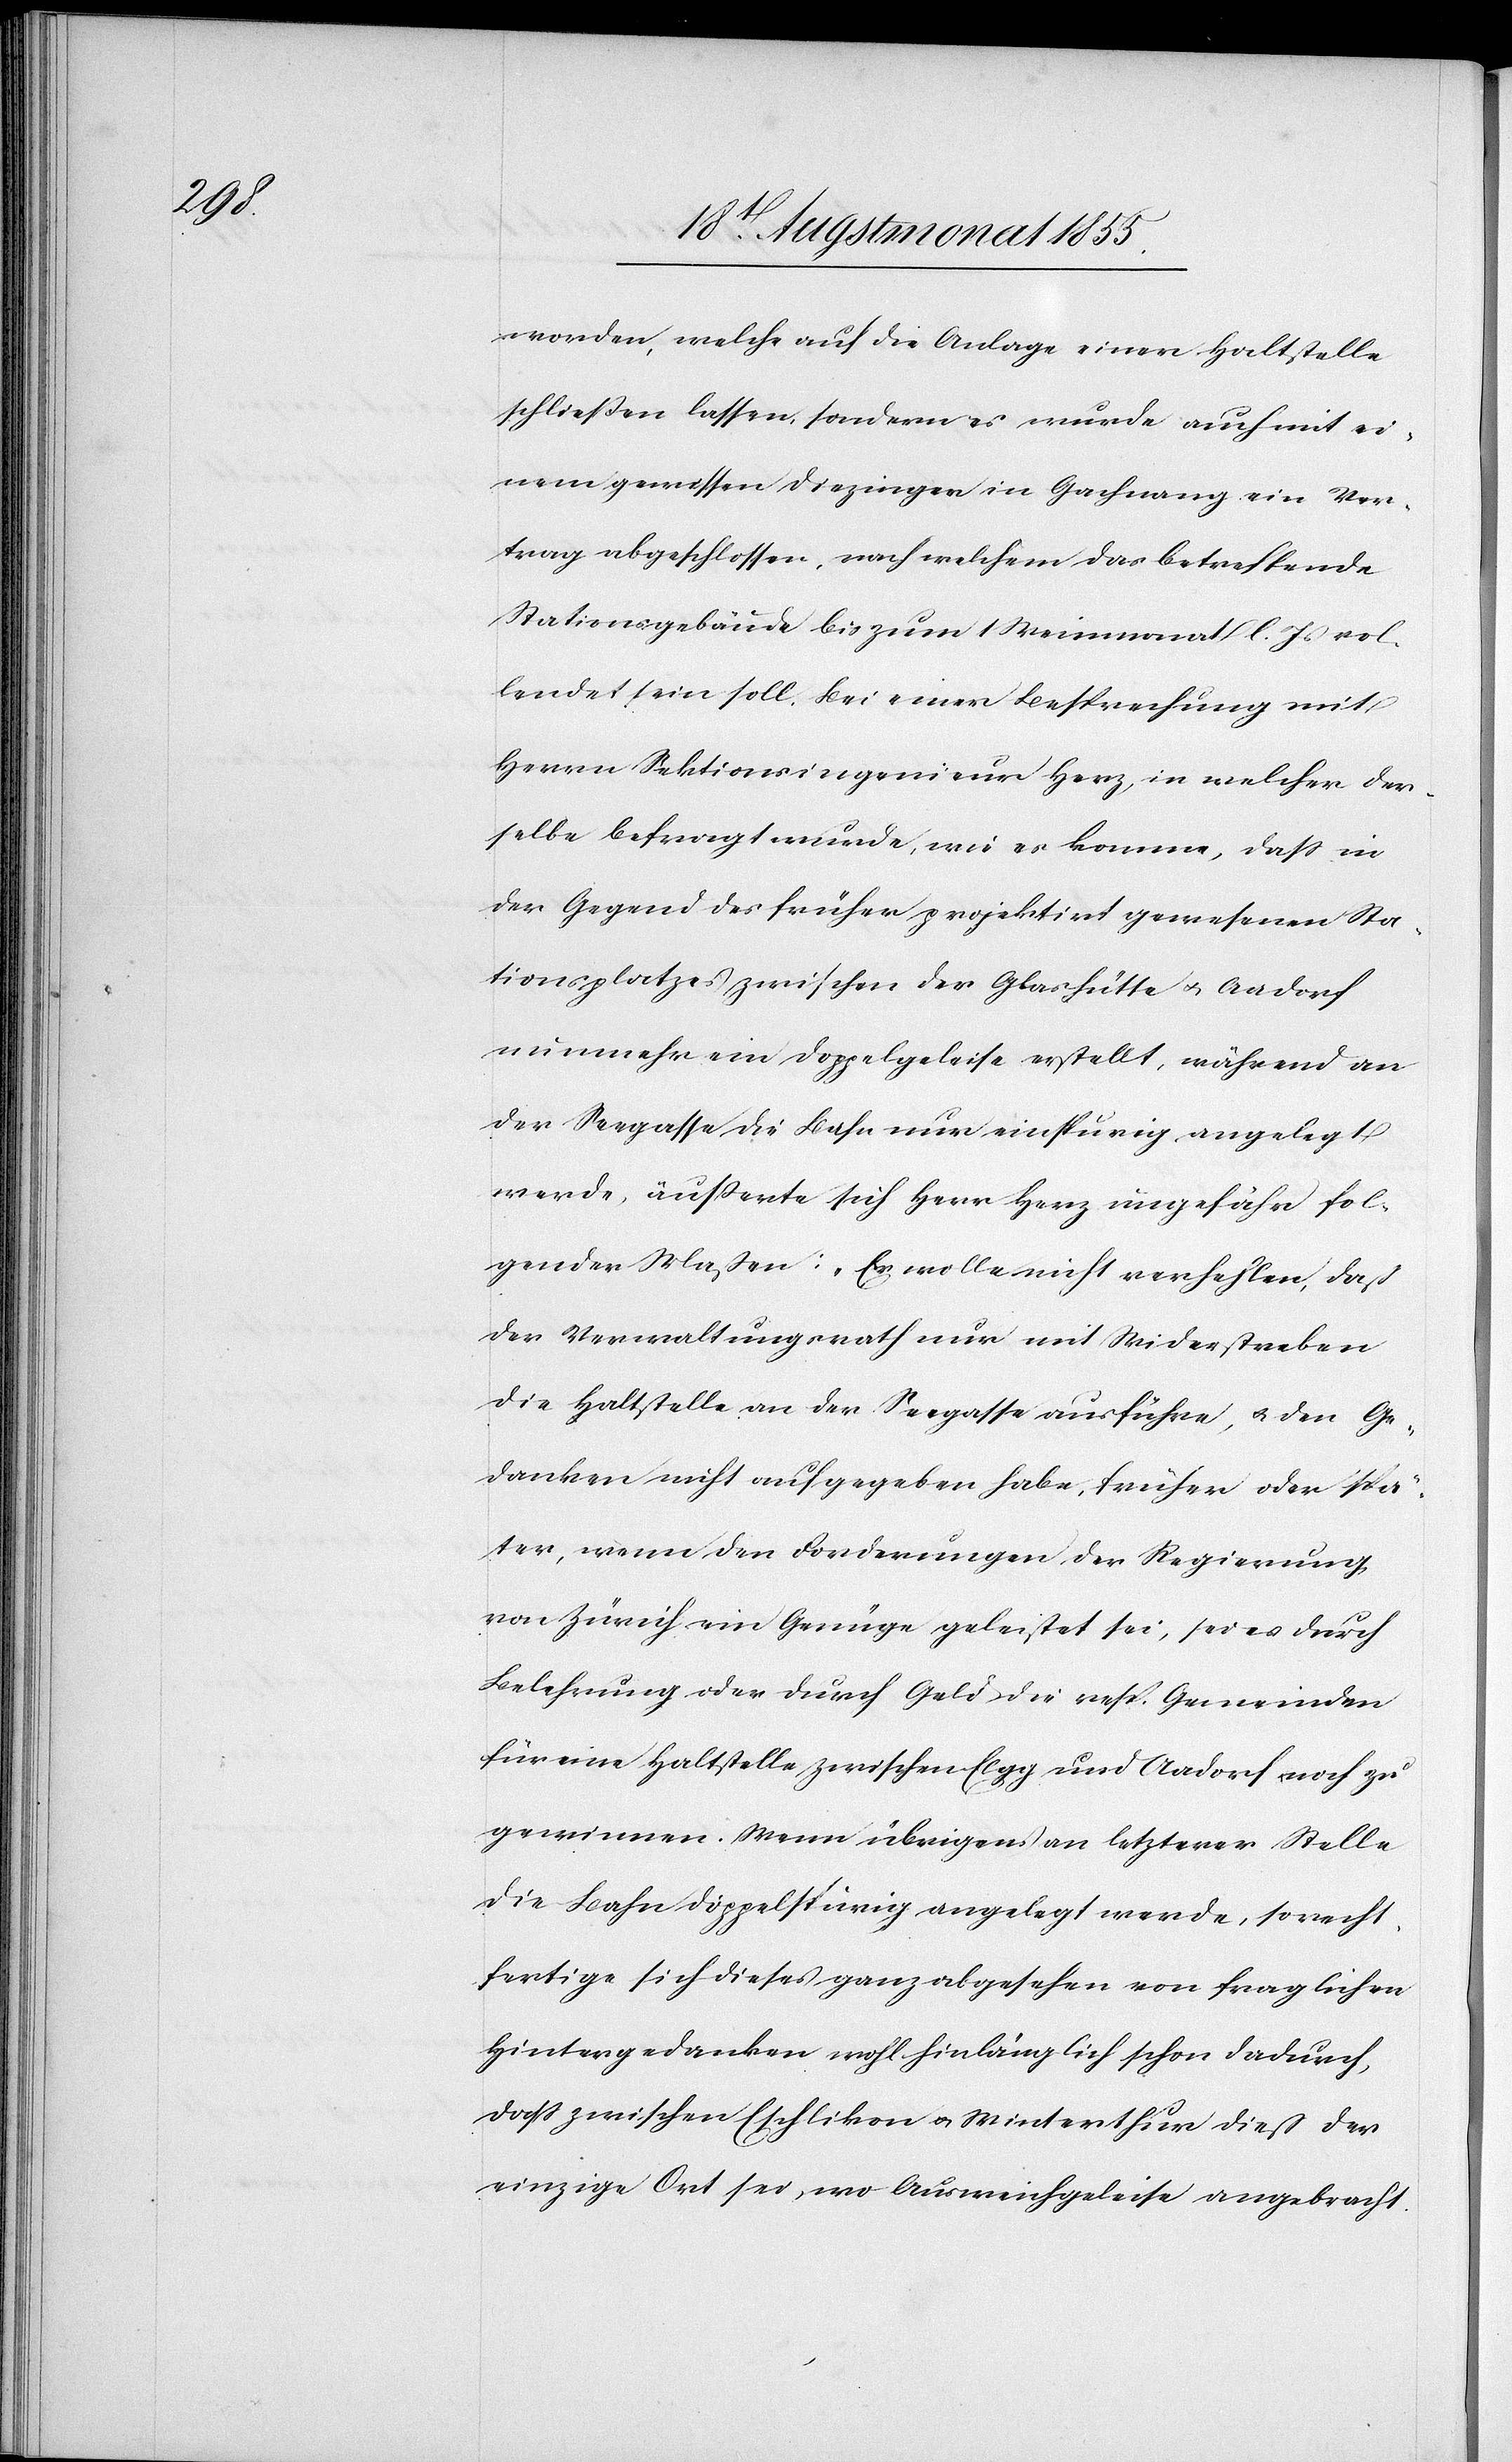
worden, welche auf die Anlage einer Haltstelle
schließen lassen, sondern es wurde auch mit ei¬
nem gewissen Diezinger in Gachnang ein Ver¬
trag abgeschlossen, nach welchem das betreffende
Stationsgebäude bis zum 1 Weinmonat l. Js vol¬
lendet sein soll. Bei einer Besprechung mit
Herrn Sektionsingenieur Herz, in welcher der¬
selbe befragt wurde, wie es komme, dass in
der Gegend des früher projektirt gewesenen Sta¬
tionsplatzes zwischen der Glashütte & Aadorf
nunmehr ein Doppelgeleise erstellt, während an
der Seegasse die Bahn nur einspurig angelegt
werde, äusserte sich Herr Herz ungefähr fol¬
gender Maßen: „Er wolle nicht verhehlen, daß
der Verwaltungsrath nur mit Widerstreben
die Haltstelle an der Seegasse ausführe, & den Ge¬
danken nicht aufgegeben habe, früher oder spä¬
ter, wenn den Forderungen der Regierung
von Zürich ein Genüge geleistet sei, sei es durch
Belehrung oder durch Geld die resp. Gemeinden
für eine Haltstelle zwischen Elgg und Aadorf noch zu
gewinnen. Wenn übrigens an letzterer Stelle
die Bahn doppelspurig angelegt werde, so recht¬
fertige sich dieses ganz abgesehen von fraglichen
Hintergedanken wohl hinlänglich schon dadurch,
dass zwischen Eschlikon & Winterthur dieß der
einzige Ort sei, wo Ausweichgeleise angebracht